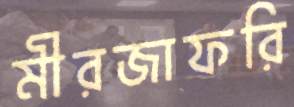
মীরজাফরি